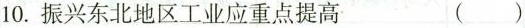
10.振兴东北地区工业应重点提高 ()